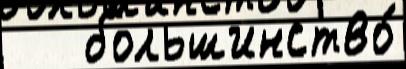
   большинство́